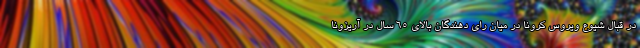
در قبال شیوع ویروس کرونا در میان رای دهندگان بالای ۶۵ سال در آریزونا